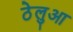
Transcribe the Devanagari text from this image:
ठेलुआ